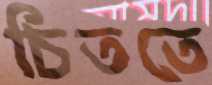
চিততে